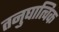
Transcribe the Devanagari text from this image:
तनुघात्विक